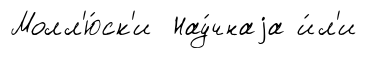
Молл'ю́ск'и Нау́чнаjа и́л'и